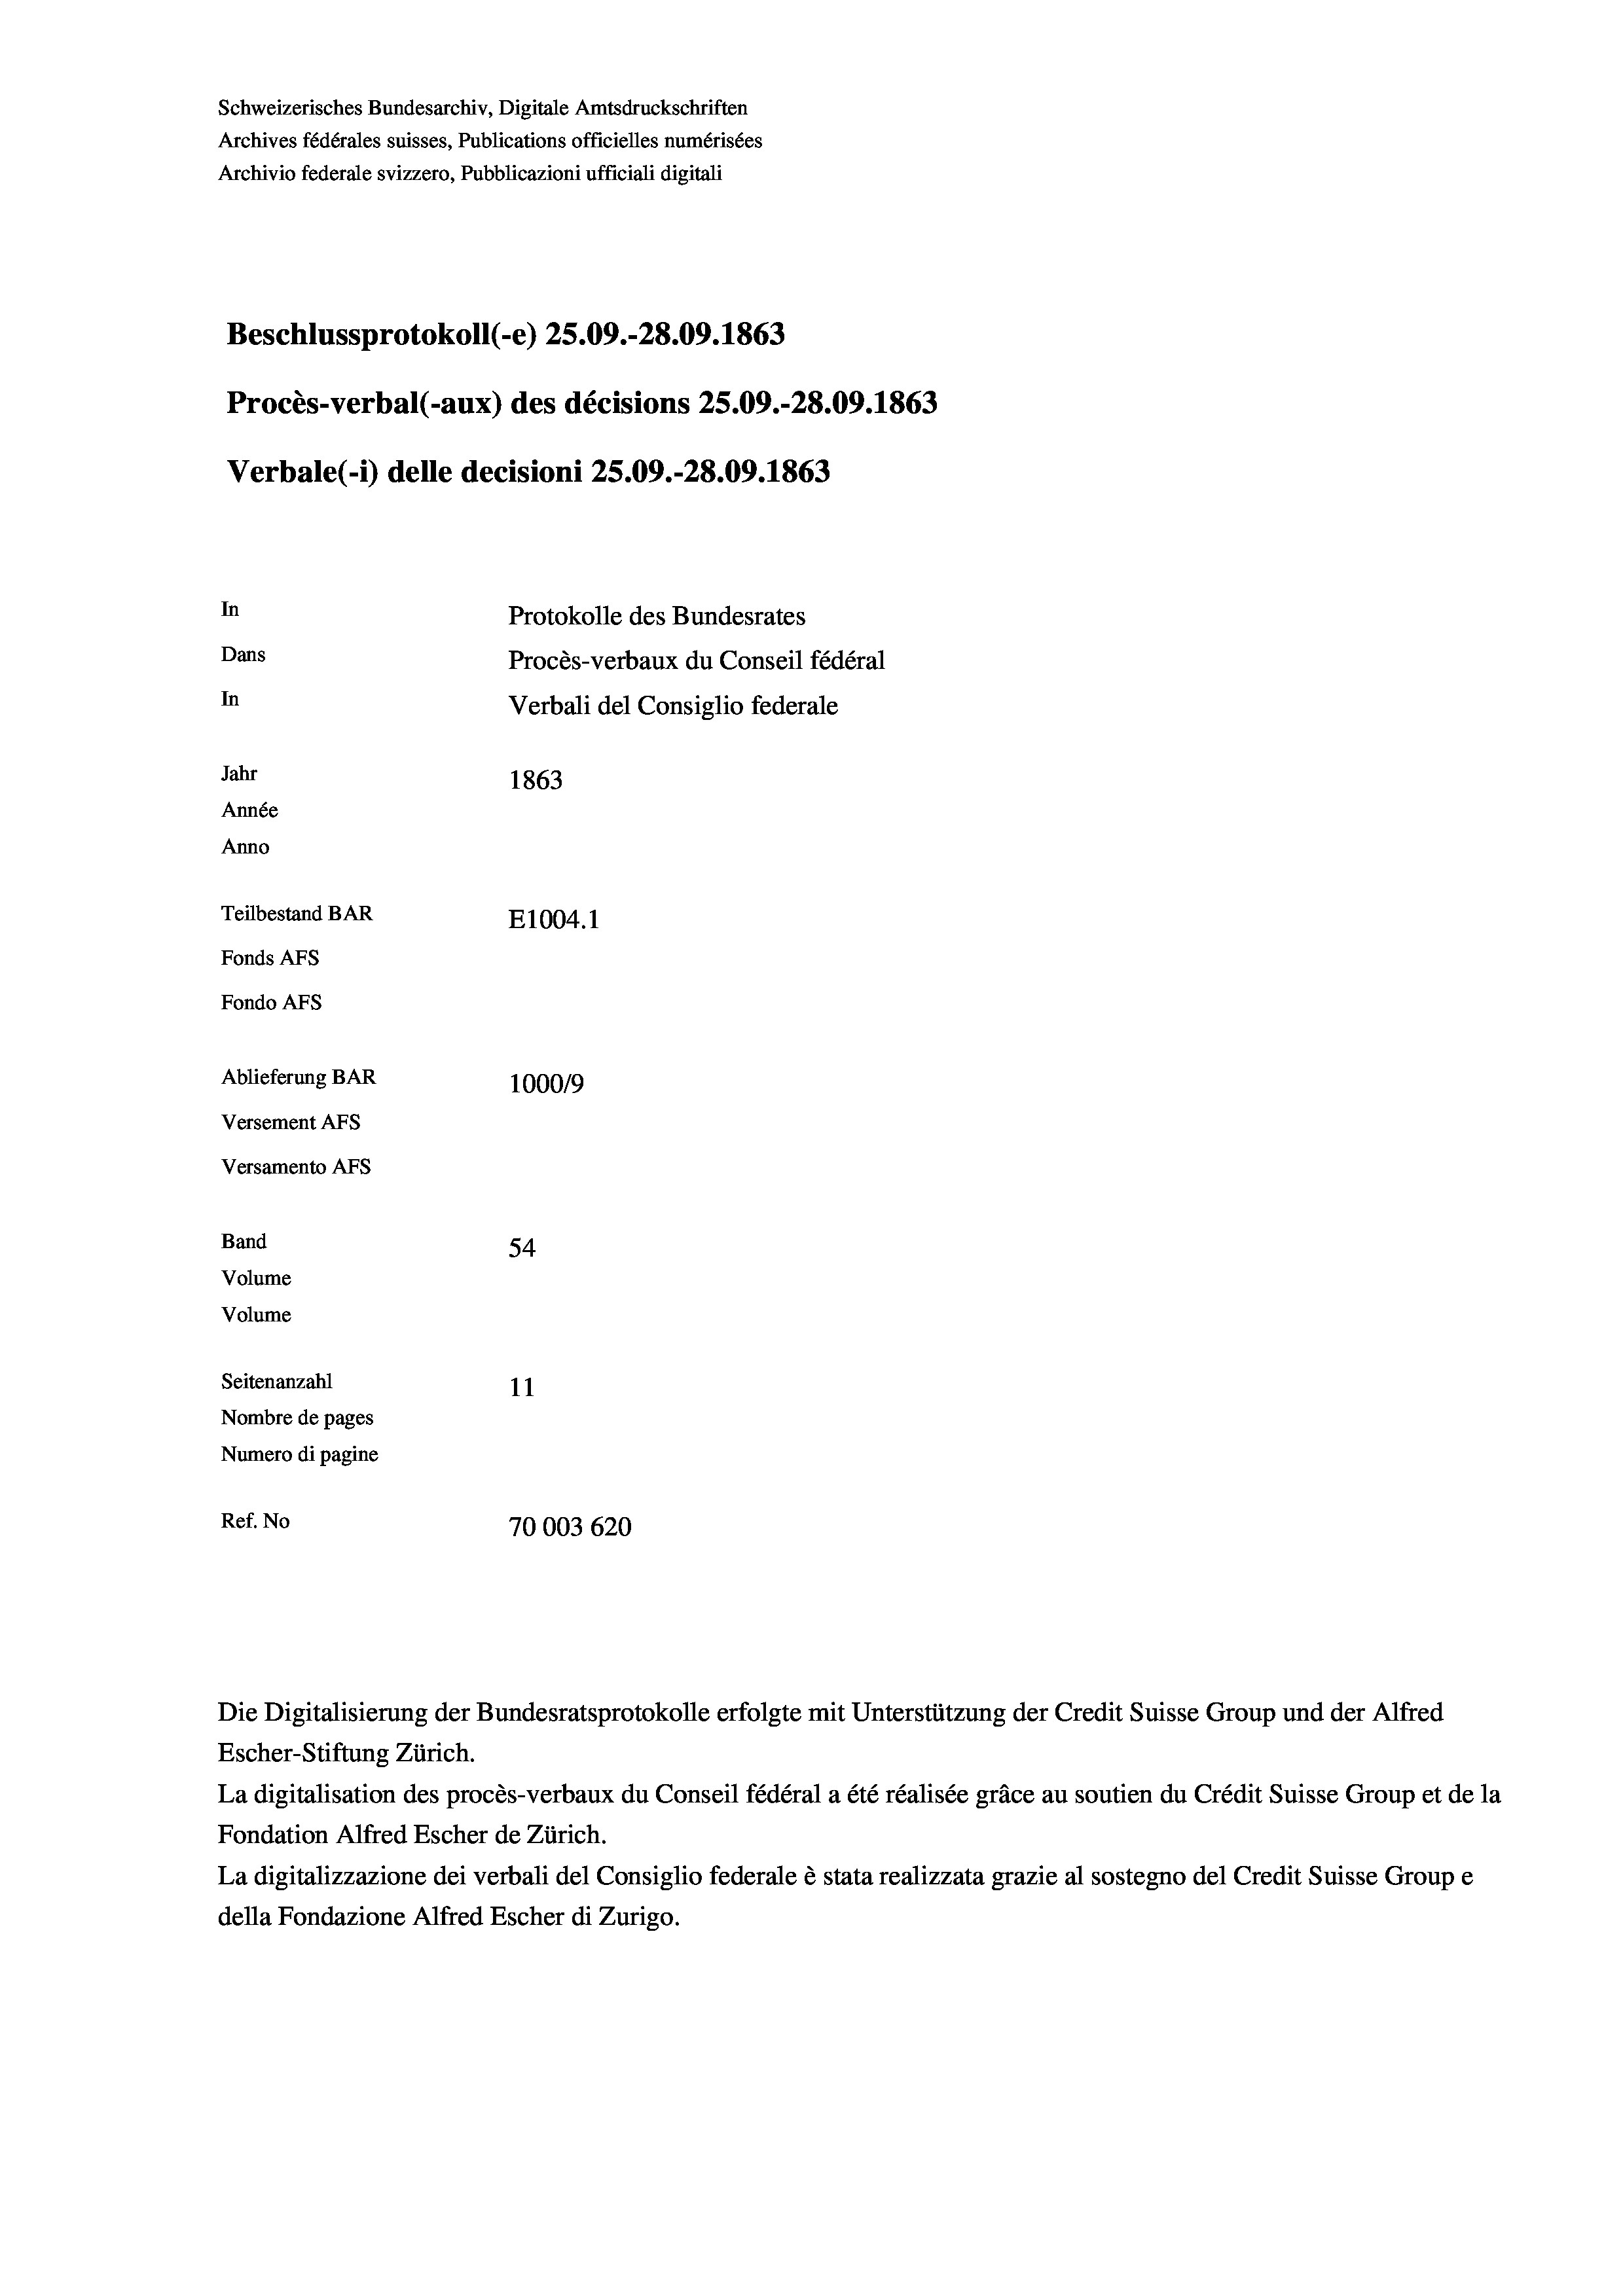
Schweizerisches Bundesarchiv, Digitale Amtsdruckschriften
Archives fédérales suisses, Publications officielles numérisées
Archivio federale svizzero, Pubblicazioni ufficiali digitali
Beschlussprotokoll (-e) 25.09.-28.09. 1863
Procès-verbal (-aux) des décisions 25.09.-28.09. 1863
Verbale(-*) delle decisioni 25.09.-28.09. 1863
In
Protokolle des Bundesrates
Dans
Procès-verbaux du Conseil fédéral
In
Verbali del Consiglio federale
Jahr
1863
Année
Anno
Teilbestand BAR
E1004. 1
Fonds AFs
Fondo AFS
Ablieferung BAR
100019
Versement AFs
Versamento AFs
Band
54
Volume
Volume

11
Nombre de pages
Numero di pagine
Ref. No
70003620

Seitenanzahl

Escher-Stiftung Zürich.
La digitalisation des procès-verbaux du Conseil fédéral a été réalisée gräce au soutien du Crédit Suisse Group et de la
Fondation Alfred Escher de Zürich.
La digitalizzazione dei verbali del Consiglio federale è stata realizzata grazie al sostegno del Credit Suisse Groupe
della Fondazione Alfred Escher di Zurigo.

Die Digitalisierung der Bundesratsprotokolle erfolgte mit Unterstützung der Credit Suisse Group und der Alfred